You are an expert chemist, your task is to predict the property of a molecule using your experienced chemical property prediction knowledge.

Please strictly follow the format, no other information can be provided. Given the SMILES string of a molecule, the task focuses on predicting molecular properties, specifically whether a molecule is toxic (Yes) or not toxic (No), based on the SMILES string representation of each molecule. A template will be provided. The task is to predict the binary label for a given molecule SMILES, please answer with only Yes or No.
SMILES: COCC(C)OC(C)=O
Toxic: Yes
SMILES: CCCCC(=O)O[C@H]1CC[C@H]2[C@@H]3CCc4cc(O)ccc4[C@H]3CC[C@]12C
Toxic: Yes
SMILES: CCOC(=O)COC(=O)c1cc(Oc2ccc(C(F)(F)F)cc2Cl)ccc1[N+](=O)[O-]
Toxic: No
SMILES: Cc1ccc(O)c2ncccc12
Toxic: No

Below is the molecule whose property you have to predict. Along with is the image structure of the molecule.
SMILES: O=C(O)c1ccccc1[N+](=O)[O-]
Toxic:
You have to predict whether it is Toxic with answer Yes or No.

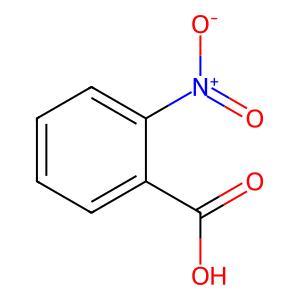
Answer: No